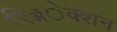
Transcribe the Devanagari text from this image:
रिॲेक्शन